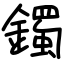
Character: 鐲